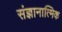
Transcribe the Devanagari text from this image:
संज्ञानात्मिक